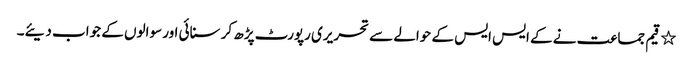
٭	قیم جماعت نے کے ایس ایس کے حوالے سے تحریری رپورٹ پڑھ کر سنائی اور سوالوں کے جواب دیئے۔